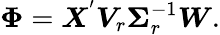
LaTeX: \boldsymbol{\Phi}=\boldsymbol{X}^{'}\boldsymbol{V}_{r}\boldsymbol{\Sigma}_{r}^{-1}\boldsymbol{W}.